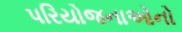
પરિયોજનાઓનો